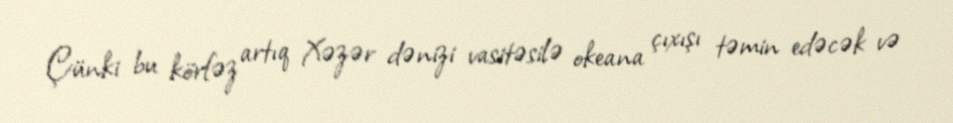
Çünki bu körfəz artıq Xəzər dənizi vasitəsilə okeana çıxışı təmin edəcək və